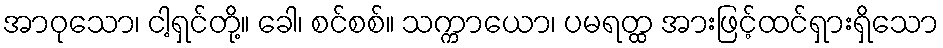
အာဝုသော၊ ငါ့ရှင်တို့။ ခေါ၊ စင်စစ်။ သက္ကာယော၊ ပမရတ္ထ အားဖြင့်ထင်ရှားရှိသော